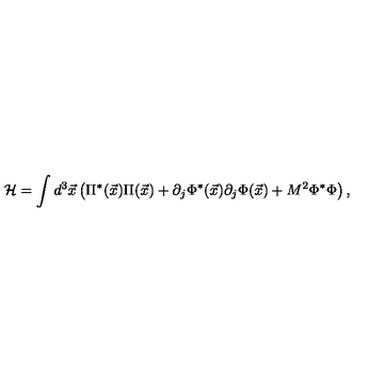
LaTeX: { \cal H } = \int d ^ { 3 } { \vec { x } } \left( \Pi ^ { * } ( { \vec { x } } ) \Pi ( { \vec { x } } ) + \partial _ { j } \Phi ^ { * } ( { \vec { x } } ) \partial _ { j } \Phi ( { \vec { x } } ) + M ^ { 2 } \Phi ^ { * } \Phi \right) ,